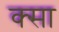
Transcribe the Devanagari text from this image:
क्सा